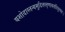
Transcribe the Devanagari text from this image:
यशोदास्तन्यमुदितस्तृणावर्तादिदुस्सहः।